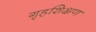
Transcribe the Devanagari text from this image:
गृहशिक्षण